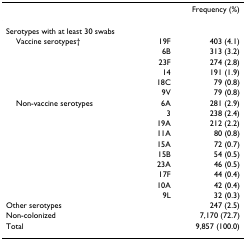
|  |  | Frequency (%) |
 | --- | --- | --- |
 | Serotypes with at least 30 swabs |  |  |
 | Vaccine serotypes† | 19F | 403 (4.1) |
 |  | 6B | 313 (3.2) |
 |  | 23F | 274 (2.8) |
 |  | 14 | 191 (1.9) |
 |  | 18C | 79 (0.8) |
 |  | 9V | 79 (0.8) |
 | Non-vaccine serotypes | 6A | 281 (2.9) |
 |  | 3 | 238 (2.4) |
 |  | 19A | 212 (2.2) |
 |  | 11A | 80 (0.8) |
 |  | 15A | 72 (0.7) |
 |  | 15B | 54 (0.5) |
 |  | 23A | 46 (0.5) |
 |  | 17F | 44 (0.4) |
 |  | 10A | 42 (0.4) |
 |  | 9L | 32 (0.3) |
 | Other serotypes |  | 247 (2.5) |
 | Non-colonized |  | 7,170 (72.7) |
 | Total |  | 9,857 (100.0) |